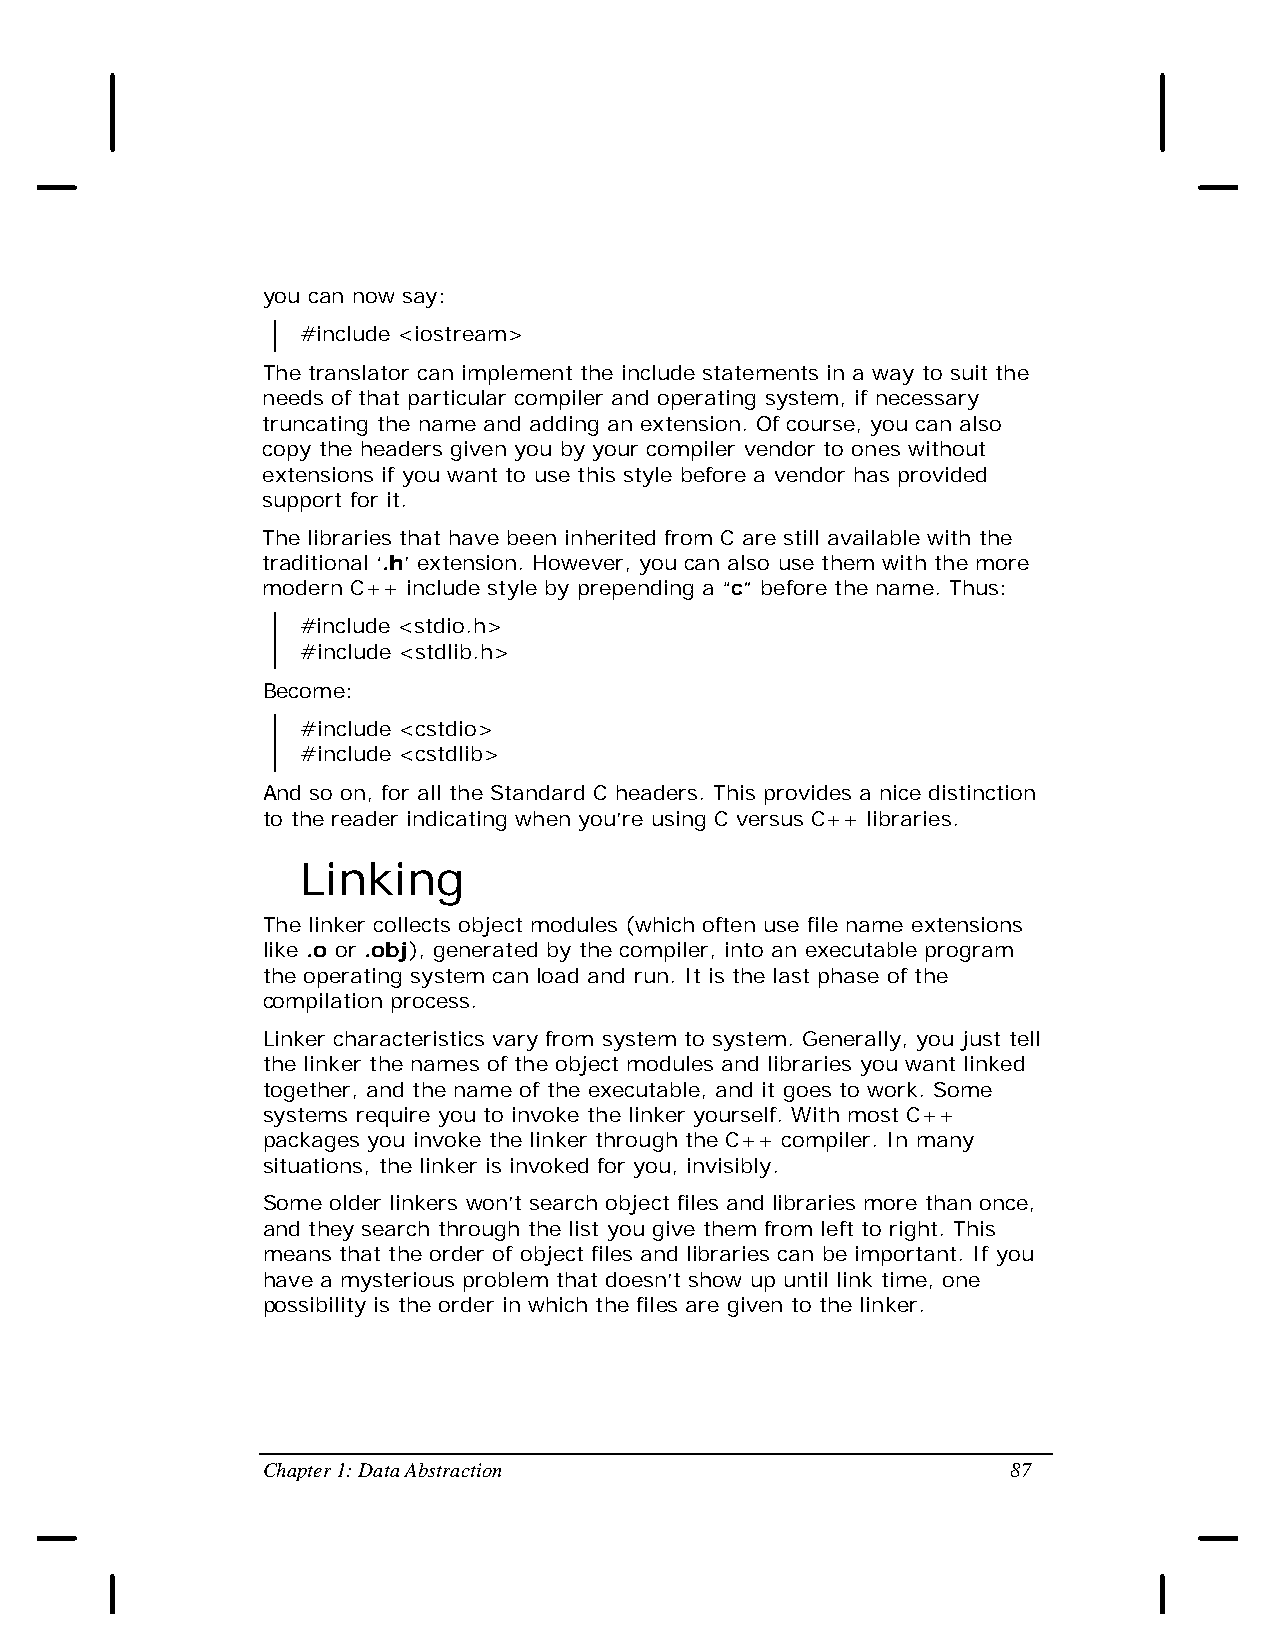
you can now say:
 #include <iostream>
 The translator can implement the include statements in a way to suit the
 needs of that particular compiler and operating system, if necessary
 truncating the name and adding an extension. Of course, you can also
 copy the headers given you by your compiler vendor to ones without
 extensions if you want to use this style before a vendor has provided
 support for it.
 The libraries that have been inherited from C are still available with the
 traditional ‘.h’ extension. However, you can also use them with the more
 modern C++ include style by prepending a “c” before the name. Thus:
 #include <stdio.h>
 #include <stdlib.h>
 Become:
 #include <cstdio>
 #include <cstdlib>
 And so on, for all the Standard C headers. This provides a nice distinction
 to the reader indicating when you’re using C versus C++ libraries.
 Linking
 The linker collects object modules (which often use file name extensions
 like .o or .obj), generated by the compiler, into an executable program
 the operating system can load and run. It is the last phase of the
 compilation process.
 Linker characteristics vary from system to system. Generally, you just tell
 the linker the names of the object modules and libraries you want linked
 together, and the name of the executable, and it goes to work. Some
 systems require you to invoke the linker yourself. With most C++
 packages you invoke the linker through the C++ compiler. In many
 situations, the linker is invoked for you, invisibly.
 Some older linkers won’t search object files and libraries more than once,
 and they search through the list you give them from left to right. This
 means that the order of object files and libraries can be important. If you
 have a mysterious problem that doesn’t show up until link time, one
 possibility is the order in which the files are given to the linker.
 Chapter 1: Data Abstraction                       87